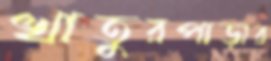
খাতুরপাড়ার